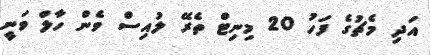
އަދި މެޗުގެ ފަހު 20 މިނިޓް ތެރޭ ލުއިސް ވެން ހާލް ވަނީ